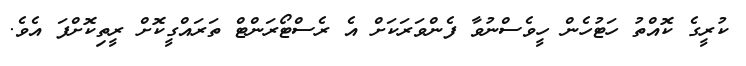
ކުރީގެ ކޮއްތު ހަޓުހެން ހީވެސްނުވާ ފެންވަރަކަށް އެ ރެސްޓޯރަންޓް ތަރައްގީކޮށް ރީތިކޮށްފަ އެވެ.